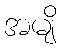
အမျိ